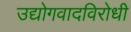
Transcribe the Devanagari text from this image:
उद्योगवादविरोधी